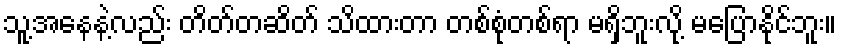
သူ့အနေနဲ့လည်း တိတ်တဆိတ် သိထားတာ တစ်စုံတစ်ရာ မရှိဘူးလို့ မပြောနိုင်ဘူး။